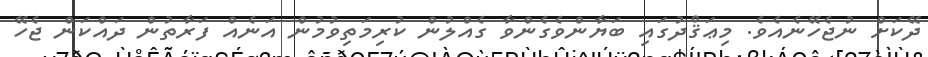
ދޭކަށް ނުޖެހޭނެއެވެ. މިޢަޤްދުގައި ބަޔާންވެގެންވާ ގެއްލުން ކުރިމަތިވުމުން އަނެއް ފަރާތުން ދައްކަން ޖެހޭ